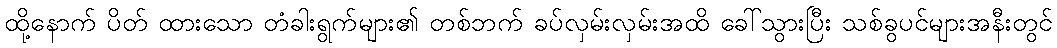
ထို့နောက် ပိတ် ထားသော တံခါးရွက်များ၏ တစ်ဘက် ခပ်လှမ်းလှမ်းအထိ ခေါ်သွားပြီး သစ်ခွပင်များအနီးတွင်